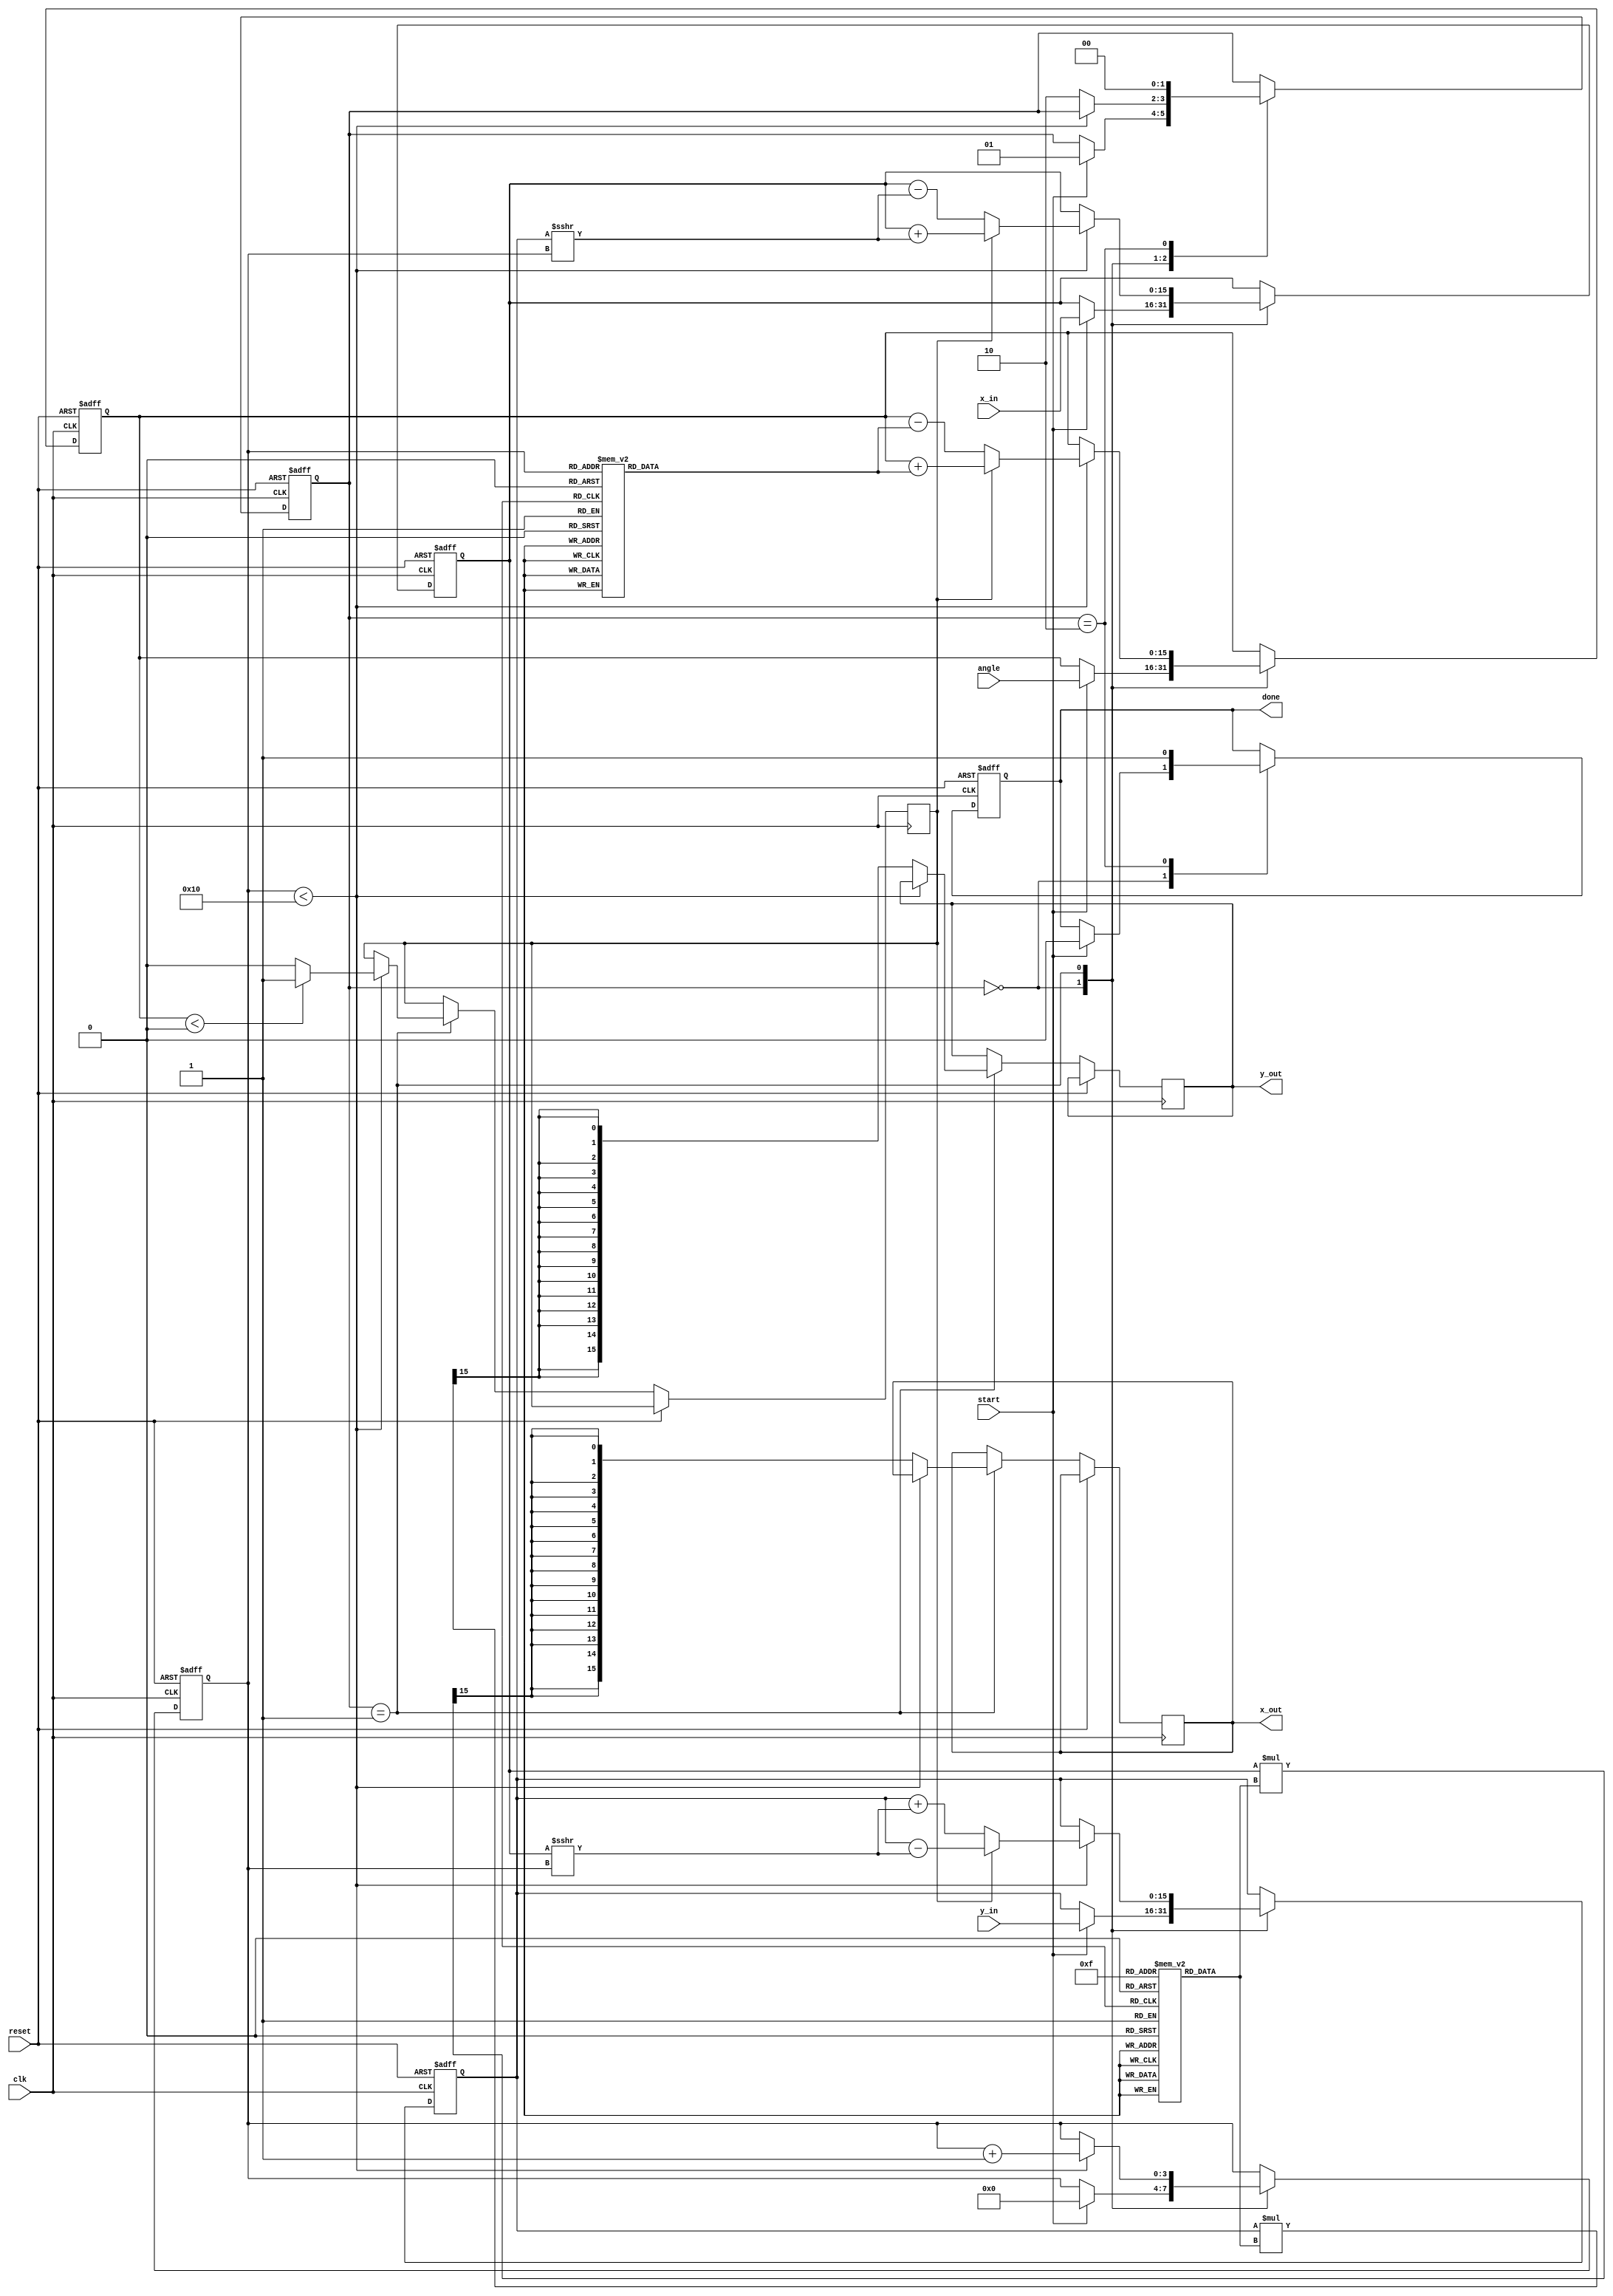
module cordic_2d (
    input wire clk,
    input wire reset,
    input wire start,
    input wire signed [15:0] x_in, // Input x coordinate
    input wire signed [15:0] y_in, // Input y coordinate
    input wire signed [15:0] angle, // Input angle in radians (scaled)
    output reg signed [15:0] x_out, // Output x coordinate
    output reg signed [15:0] y_out, // Output y coordinate
    output reg done // Signal to indicate completion
);

    // CORDIC parameters
    parameter NUM_ITERATIONS = 16; // Number of iterations
    reg signed [15:0] atan_table [0:NUM_ITERATIONS-1]; // Lookup table for arctangent values
    reg signed [15:0] scaling_factors [0:NUM_ITERATIONS-1]; // Scaling factors

    // Internal signals
    reg signed [15:0] x_reg, y_reg;
    reg signed [15:0] angle_reg;
    reg [3:0] iteration; // Iteration counter
    reg direction; // Direction of rotation (1 for clockwise, 0 for counterclockwise)
    reg [1:0] state; // State machine for control

    // State encoding
    localparam IDLE = 2'b00,
               RUN = 2'b01,
               DONE = 2'b10;

    // Initialize lookup table and scaling factors
    initial begin
        // Populate atan_table and scaling_factors
        // These values should be pre-calculated based on the CORDIC algorithm
        atan_table[0] = 16'h0000; // atan(0)
        atan_table[1] = 16'h2000; // atan(1/2^1)
        atan_table[2] = 16'h1000; // atan(1/2^2)
        // ... fill in the rest of the atan_table
        // For example:
        // atan_table[3] = 16'h0800; // atan(1/2^3)
        // ...
        
        scaling_factors[0] = 16'h26DD; // 1/sqrt(1 + (1/2^0)^2)
        scaling_factors[1] = 16'h1A6D; // 1/sqrt(1 + (1/2^1)^2)
        // ... fill in the rest of the scaling_factors
        // For example:
        // scaling_factors[2] = 16'h0CCC; // 1/sqrt(1 + (1/2^2)^2)
        // ...
    end

    // State machine for CORDIC operation
    always @(posedge clk or posedge reset) begin
        if (reset) begin
            x_reg <= 0;
            y_reg <= 0;
            angle_reg <= 0;
            iteration <= 0;
            state <= IDLE;
            done <= 0;
        end else begin
            case (state)
                IDLE: begin
                    if (start) begin
                        x_reg <= x_in;
                        y_reg <= y_in;
                        angle_reg <= angle;
                        iteration <= 0;
                        state <= RUN;
                        done <= 0;
                    end
                end
                RUN: begin
                    if (iteration < NUM_ITERATIONS) begin
                        direction <= (angle_reg < 0) ? 1 : 0; // Determine rotation direction
                        // Update coordinates based on CORDIC equations
                        if (direction) begin
                            x_reg <= x_reg + (y_reg >>> iteration);
                            y_reg <= y_reg - (x_reg >>> iteration);
                            angle_reg <= angle_reg + atan_table[iteration];
                        end else begin
                            x_reg <= x_reg - (y_reg >>> iteration);
                            y_reg <= y_reg + (x_reg >>> iteration);
                            angle_reg <= angle_reg - atan_table[iteration];
                        end
                        iteration <= iteration + 1;
                    end else begin
                        // Apply scaling factor
                        x_out <= (x_reg * scaling_factors[NUM_ITERATIONS-1]) >>> 15; // Adjust for fixed-point
                        y_out <= (y_reg * scaling_factors[NUM_ITERATIONS-1]) >>> 15; // Adjust for fixed-point
                        state <= DONE;
                    end
                end
                DONE: begin
                    done <= 1; // Indicate completion
                    state <= IDLE; // Go back to idle state
                end
            endcase
        end
    end
endmodule